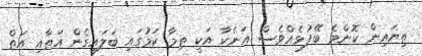
ތިޔައިން ކޮންމެ ބޭފުޅެއްވެސް އަނެކާ އަކީ ތިމާ ކަމުގައި ބަލައިގެން އަތާއި އަތް